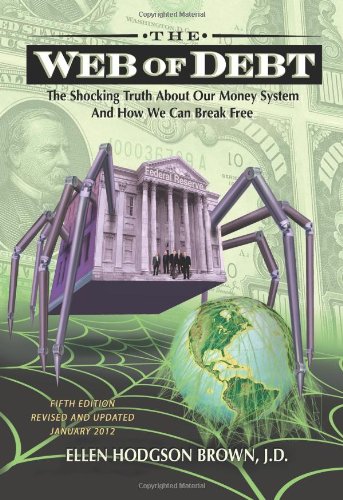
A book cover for Web of Debt: The Shocking Truth about Our Money System and How We Can Break Free; Ellen Hodgson Brown; Business & Money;